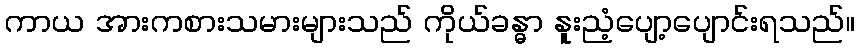
ကာယ အားကစားသမားများသည် ကိုယ်ခန္ဓာ နူးညံ့ပျော့ပျောင်းရသည်။